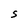
Character: S